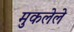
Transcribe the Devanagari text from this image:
मुकलेले